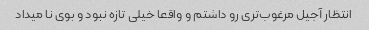
انتظار آجیل مرغوب‌تری رو داشتم و واقعا خیلی تازه نبود و بوی نا میداد